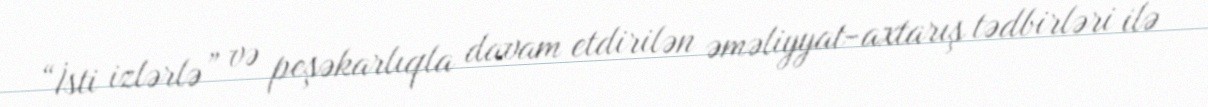
“İsti izlərlə” və peşəkarlıqla davam etdirilən əməliyyat-axtarış tədbirləri ilə